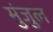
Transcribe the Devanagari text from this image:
मुंजुल